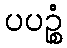
ပပဉ္စံ